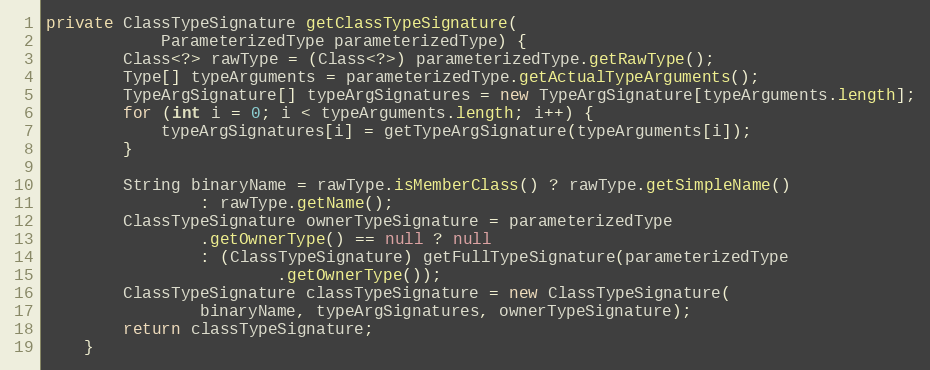
Language: Java
private ClassTypeSignature getClassTypeSignature(
			ParameterizedType parameterizedType) {
		Class<?> rawType = (Class<?>) parameterizedType.getRawType();
		Type[] typeArguments = parameterizedType.getActualTypeArguments();
		TypeArgSignature[] typeArgSignatures = new TypeArgSignature[typeArguments.length];
		for (int i = 0; i < typeArguments.length; i++) {
			typeArgSignatures[i] = getTypeArgSignature(typeArguments[i]);
		}

		String binaryName = rawType.isMemberClass() ? rawType.getSimpleName()
				: rawType.getName();
		ClassTypeSignature ownerTypeSignature = parameterizedType
				.getOwnerType() == null ? null
				: (ClassTypeSignature) getFullTypeSignature(parameterizedType
						.getOwnerType());
		ClassTypeSignature classTypeSignature = new ClassTypeSignature(
				binaryName, typeArgSignatures, ownerTypeSignature);
		return classTypeSignature;
	}